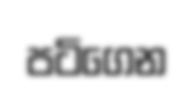
පටිගෙන